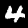
Digit: 4